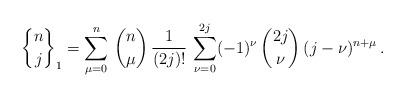
LaTeX: \begin{align*} {n\brace j}_1 = \sum_{\mu=0}^n \, {n \choose \mu} \, \frac{1}{(2j)!} \, \sum_{\nu=0}^{2j} (-1)^\nu \,{2j \choose \nu} \, (j-\nu)^{n+\mu}\, .\end{align*}